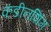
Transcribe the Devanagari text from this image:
कंडीनशिंग